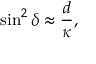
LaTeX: \sin ^ { 2 } { \delta } \approx \frac { d } { \kappa } ,